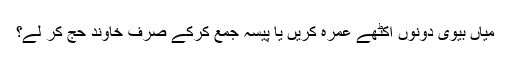
میاں بیوی دونوں اکٹھے عمرہ کریں یا پیسہ جمع کرکے صرف خاوند حج کر لے؟